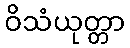
ဝိသံယုတ္တာ